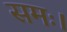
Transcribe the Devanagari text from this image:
समः।